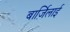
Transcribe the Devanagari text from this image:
बार्ज़िलाई